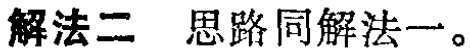
解法二 思路同解法一。